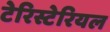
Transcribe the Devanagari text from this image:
टेरिस्टेरियल